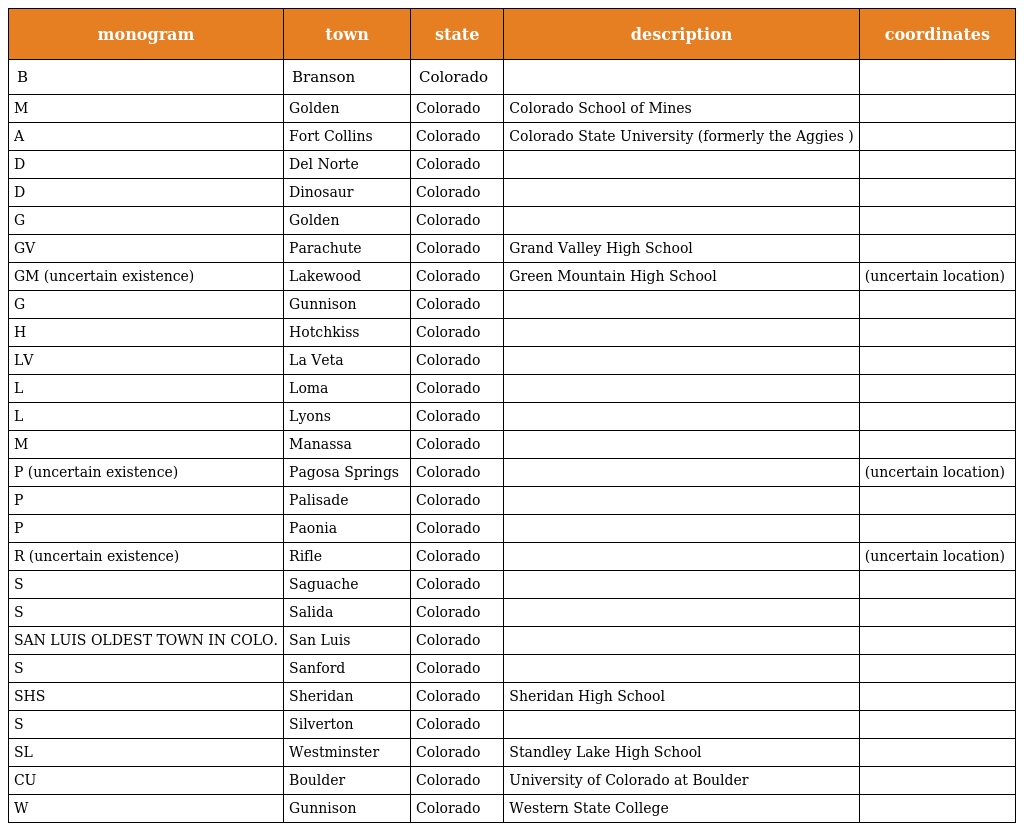
| monogram | town | state | description | coordinates |
 | --- | --- | --- | --- | --- |
 | B | Branson | Colorado |  |  |
 | M | Golden | Colorado | Colorado School of Mines |  |
 | A | Fort Collins | Colorado | Colorado State University (formerly the Aggies ) |  |
 | D | Del Norte | Colorado |  |  |
 | D | Dinosaur | Colorado |  |  |
 | G | Golden | Colorado |  |  |
 | GV | Parachute | Colorado | Grand Valley High School |  |
 | GM (uncertain existence) | Lakewood | Colorado | Green Mountain High School | (uncertain location) |
 | G | Gunnison | Colorado |  |  |
 | H | Hotchkiss | Colorado |  |  |
 | LV | La Veta | Colorado |  |  |
 | L | Loma | Colorado |  |  |
 | L | Lyons | Colorado |  |  |
 | M | Manassa | Colorado |  |  |
 | P (uncertain existence) | Pagosa Springs | Colorado |  | (uncertain location) |
 | P | Palisade | Colorado |  |  |
 | P | Paonia | Colorado |  |  |
 | R (uncertain existence) | Rifle | Colorado |  | (uncertain location) |
 | S | Saguache | Colorado |  |  |
 | S | Salida | Colorado |  |  |
 | SAN LUIS OLDEST TOWN IN COLO. | San Luis | Colorado |  |  |
 | S | Sanford | Colorado |  |  |
 | SHS | Sheridan | Colorado | Sheridan High School |  |
 | S | Silverton | Colorado |  |  |
 | SL | Westminster | Colorado | Standley Lake High School |  |
 | CU | Boulder | Colorado | University of Colorado at Boulder |  |
 | W | Gunnison | Colorado | Western State College |  |